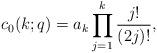
LaTeX: \begin{align*} c_0(k;q) = a_k \prod_{j=1}^k \frac{j!}{(2j)!},\end{align*}